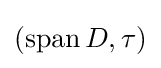
(\operatorname {span} D,\tau )